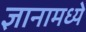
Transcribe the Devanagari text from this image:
ज्ञानामध्ये